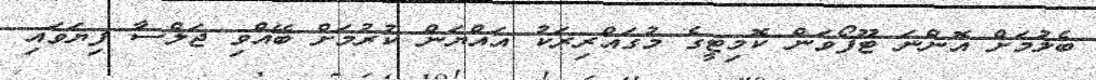
ބެލުމަށް އޮންނަ ޓޫފޯވަން ކޮމިޓީގެ މުގައްރިރަކު އައްޔަން ކުރުމަށް ބޭއްވި ޖަލްސާ ފިޔަވައި